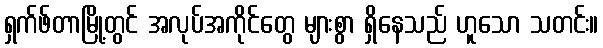
ရှက်ဖ်တာမြို့တွင် အလုပ်အကိုင်တွေ များစွာ ရှိနေသည် ဟူသော သတင်း။